Investigations into the jail dietaries of the United Provinces with some observations on the influence of dietary on the physical development and well-being of the people of the United Provinces - Number 48
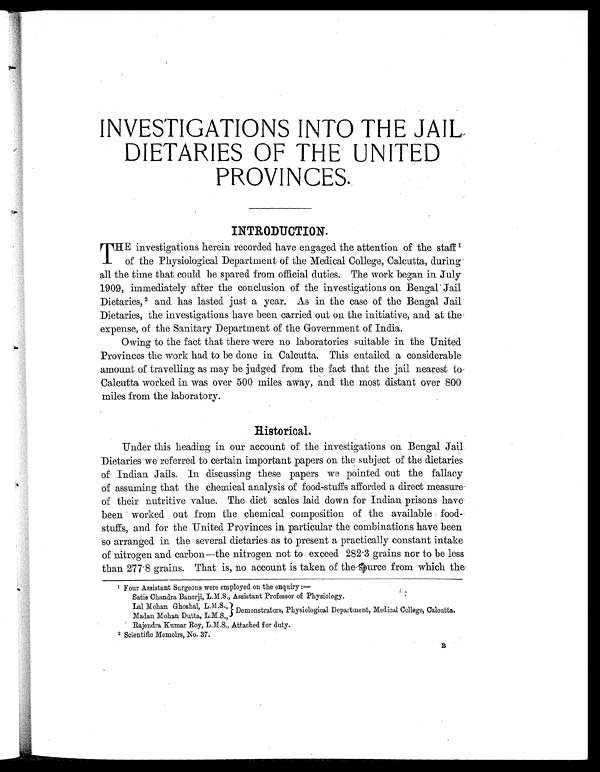
INVESTIGATIONS INTO THE JAIL
DIETARIES OF THE UNITED
PROVINCES.
INTRODUCTION.
T
HE investigations herein recorded have engaged the attention of the staff
of the Physiological Department of the Medical College, Calcutta, during
all the time that could be spared from official duties. The work began in July
1909, immediately after the conclusion of the investigations on Bengal 1 J a i l
Dietaries, 2 and has lasted just a year. As in the case of the Bengal Jail
Dietaries, the investigations have been carried out on the initiative, and at the
expense, of the Sanitary Department of the Government of India.
Owing to the fact that there were no laboratories suitable in the United
Provinces the work had to be done in Calcutta. This entailed a considerable
amount of travelling as may be judged from the fact that the jail nearest to
Calcutta worked in was over 500 miles away, and the most distant over 800
miles from the laboratory.
Historical.
Under this heading in our account of the investigations on Bengal Jail.
Dietaries we referred to certain important papers on the subject of the dietaries
of Indian. Jails. In discussing these papers we pointed out the fallacy
of assuming that the chemical analysis of food-stuffs afforded a direct measure-
of their nutritive value. The diet scales laid down for Indian prisons have
been worked out from the chemical composition of the available food-
stuffs, and for the United Provinces in particular the combinations have been
so arranged in the several dietaries as to present a practically constant intake
of nitrogen and carbon—the nitrogen not to exceed 282.3 grains nor to be less
than 277.8 grains. That is, no account is taken of the-spurce from which the
1 Four Assistant Surgeons were employed on the enquiry :—
Satis Chandra Banerji, L.M.S., Assistant Professor of Physiology.
Lal Mohan Ghoshal, L. M S., Demonstrators, Physiological Department, Medical College, Calcutta.
Madan Mohan Dutta, L.M.S.,
Rajendra Kumar Roy, L.M.S., Attached for duty.
2 Scientific Memoirs, No. 37.